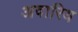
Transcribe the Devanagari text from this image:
अवारिय